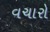
વચારો